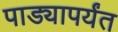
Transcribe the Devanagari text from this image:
पाड्यापर्यंत